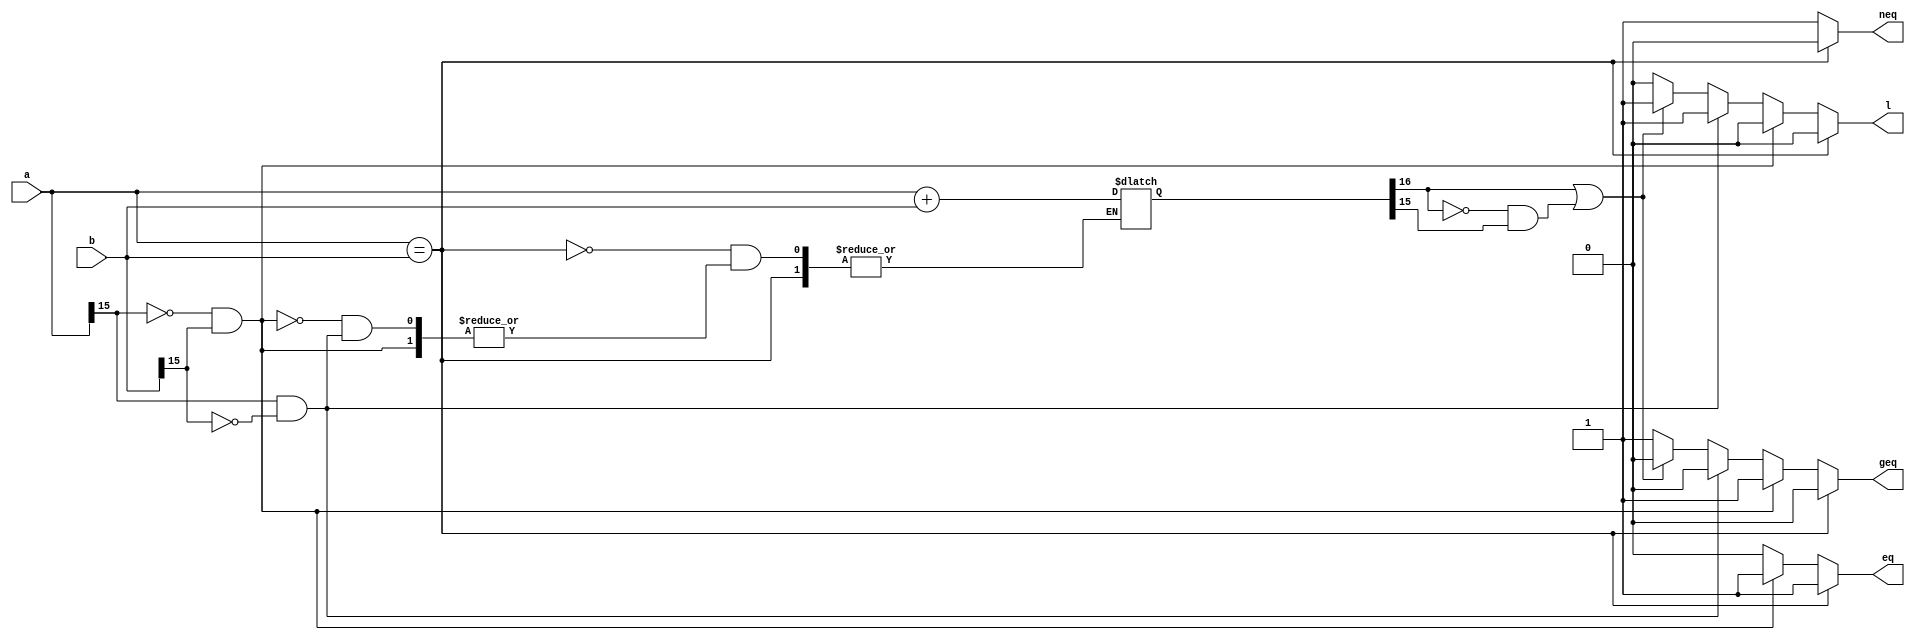
//compares two 16-bit numbers in two's complement form

module comp16(a, b, eq, neq, geq, l);
	input [15:0] a;
	input [15:0] b;

	output reg eq;
	output reg neq;
	output reg geq;
	output reg l;
	
	reg [16:0] sum; // extra bit for overflow

	always @ (*) begin
		if (a == b) begin
			eq <= 1'b1;
			neq <= 1'b0;
			geq <= 1'b0;
			l <= 1'b0;
		end else if(a[15] == 1'b0 && b[15] == 1'b1) begin
			eq <= 1'b1;
			neq <= 1'b1;
			geq <= 1'b1;
			l <= 1'b0;
		end else if(a[15] == 1'b1 && b[15] == 1'b0) begin
			eq <= 1'b0;
			neq <= 1'b1;
			geq <= 1'b0;
			l <= 1'b1;
		end else begin
			sum <= a + b;
			if(sum[16] == 1'b1 || (sum[16] == 1'b0 && sum[15] == 1'b1)) begin
				//handle overflow	
				eq <= 1'b0;
				neq <= 1'b1;
				geq <= 1'b0;
				l <= 1'b1;
			end else begin
				eq <= 1'b0;
				neq <= 1'b1;
				geq <= 1'b1;
				l <= 1'b0;
			end
		end
	end
endmodule